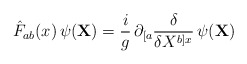
\begin{align*}{\hat F}_{ab}(x) \, \psi ({\bf X}) = \frac{i}{g} \,\partial_{[a} \frac{\delta}{\delta X^{b]x}} \, \psi ({\bf X})\end{align*}